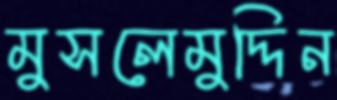
মুসলেমুদ্দিন